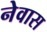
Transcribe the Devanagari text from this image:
नेवास